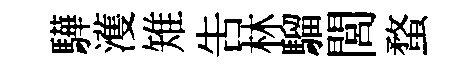
驊濩雉告林騮閭蝥